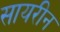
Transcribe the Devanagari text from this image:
सायरीन